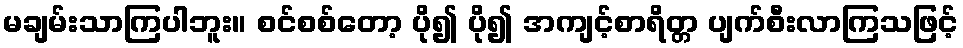
မချမ်းသာကြပါဘူး။ စင်စစ်တော့ ပို၍ ပို၍ အကျင့်စာရိတ္တ ပျက်စီးလာကြသဖြင့်